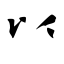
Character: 以